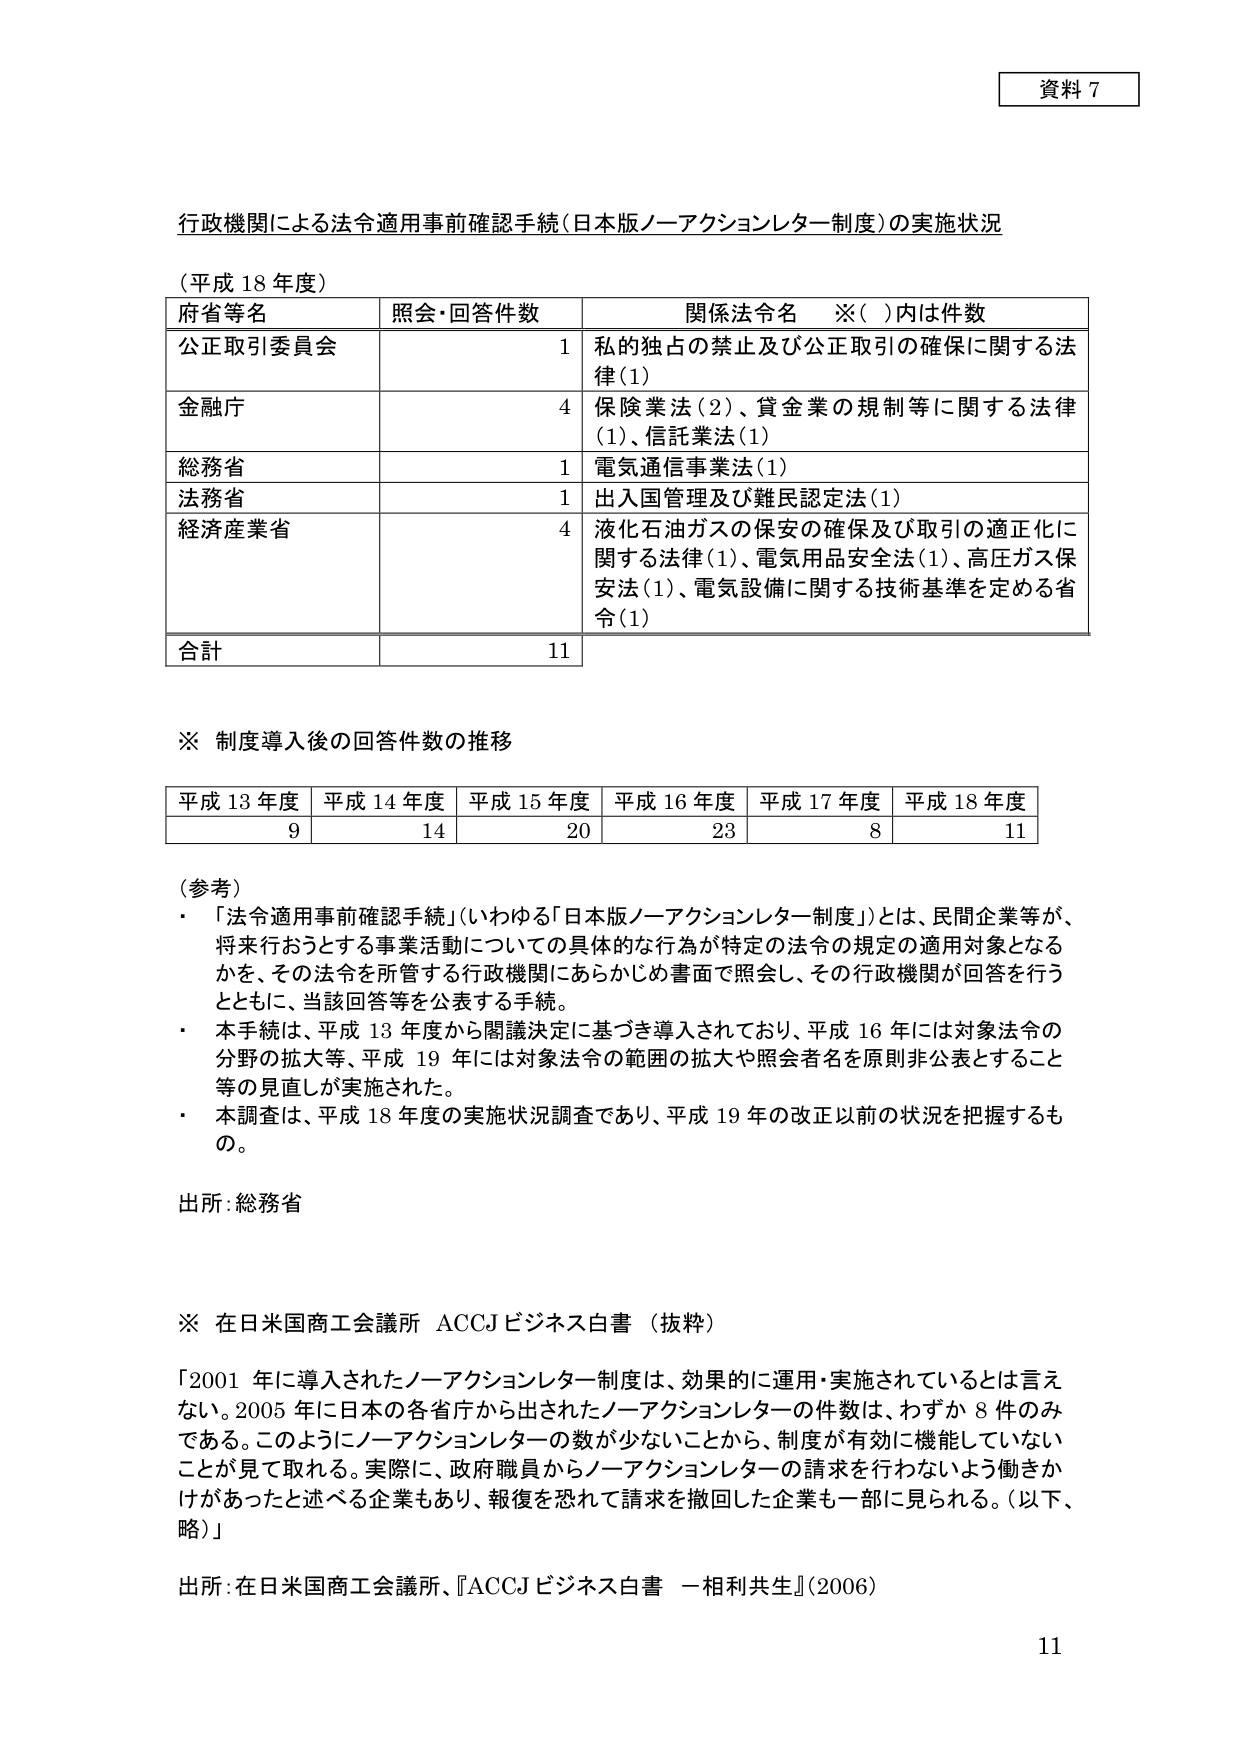
資料 7

行政機関による法令適用事前確認手続（日本版ノーアクションレター制度）の実施状況

（平成 18 年度）

| 府省等名 | 照会・回答件数 | 関係法令名　※（　）内は件数 |
|----------|----------------|-----------------------------|
| 公正取引委員会 | 1 | 私的独占の禁止及び公正取引の確保に関する法律（1） |
| 金融庁 | 4 | 保険業法（2）、貸金業の規制等に関する法律（1）、信託業法（1） |
| 総務省 | 1 | 電気通信事業法（1） |
| 法務省 | 1 | 出入国管理及び難民認定法（1） |
| 経済産業省 | 4 | 液化石油ガスの保安の確保及び取引の適正化に関する法律（1）、電気用品安全法（1）、高圧ガス保安法（1）、電気設備に関する技術基準を定める省令（1） |
| 合計 | 11 | |

※ 制度導入後の回答件数の推移

| 平成 13 年度 | 平成 14 年度 | 平成 15 年度 | 平成 16 年度 | 平成 17 年度 | 平成 18 年度 |
|--------------|--------------|--------------|--------------|--------------|--------------|
| 9            | 14           | 20           | 23           | 8            | 11           |

（参考）
・「法令適用事前確認手続」（いわゆる「日本版ノーアクションレター制度」）とは、民間企業等が、将来行おうとする事業活動についての具体的な行為が特定の法令の規定の適用対象となるかを、その法令を所管する行政機関にあらかじめ書面で照会し、その行政機関が回答を行うとともに、当該回答等を公表する手続。
・本手続は、平成 13 年度から閣議決定に基づき導入されており、平成 16 年には対象法令の分野の拡大等、平成 19 年には対象法令の範囲の拡大や照会者名を原則非公表とすること等の見直しが実施された。
・本調査は、平成 18 年度の実施状況調査であり、平成 19 年の改正以前の状況を把握するもの。

出所：総務省

※ 在日米国商工会議所 ACCJ ビジネス白書（抜粋）

「2001 年に導入されたノーアクションレター制度は、効果的に運用・実施されているとは言えない。2005 年に日本の各省庁から出されたノーアクションレターの件数は、わずか 8 件のみである。このようにノーアクションレターの数が少ないことから、制度が有効に機能していないことが見て取れる。実際に、政府職員からノーアクションレターの請求を行わないよう働きかけがあったと述べる企業もあり、報復を恐れて請求を撤回した企業も一部に見られる。（以下、略）」

出所：在日米国商工会議所、『ACCJ ビジネス白書 一相利共生』（2006）

11